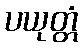
ပယုတ္တံ